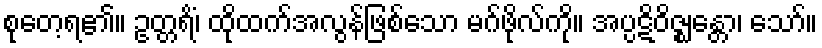
စုတေ့ရ၏။ ဥတ္တရိံ၊ ထိုထက်အလွန်ဖြစ်သော မဂ်ဖိုလ်ကို။ အပ္ပဋိဝိဇ္ဈန္တော၊ သော်။